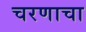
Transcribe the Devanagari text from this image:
चरणाचा